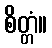
စိတ္တံ။